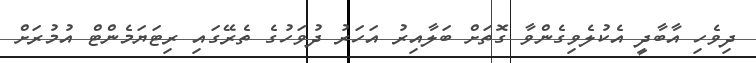
ދިވެހި އާބާދީ އެކުލެވިގެންވާ ގޮތަށް ބަލާއިރު އަހަރު ދުވަހުގެ ތެރޭގައި ރިޓަޔަމެންޓް އުމުރަށް